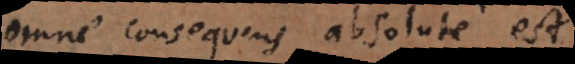
Omne consequens absolute est